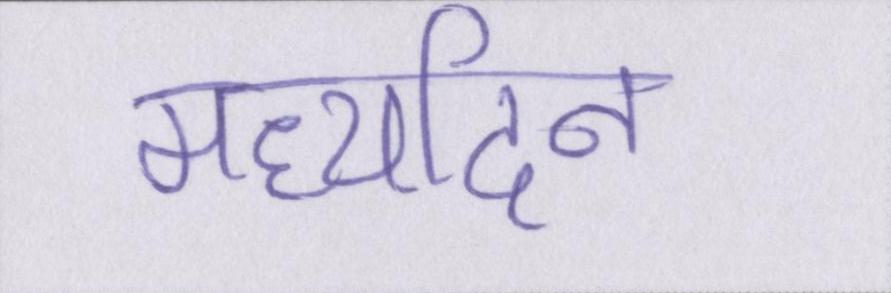
मध्यदिन